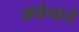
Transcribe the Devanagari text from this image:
अथेनाचे